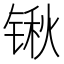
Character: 锹